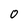
Character: 0